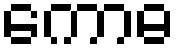
ကောဓ